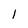
Character: l